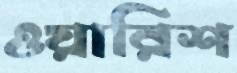
ওয়ারিশ